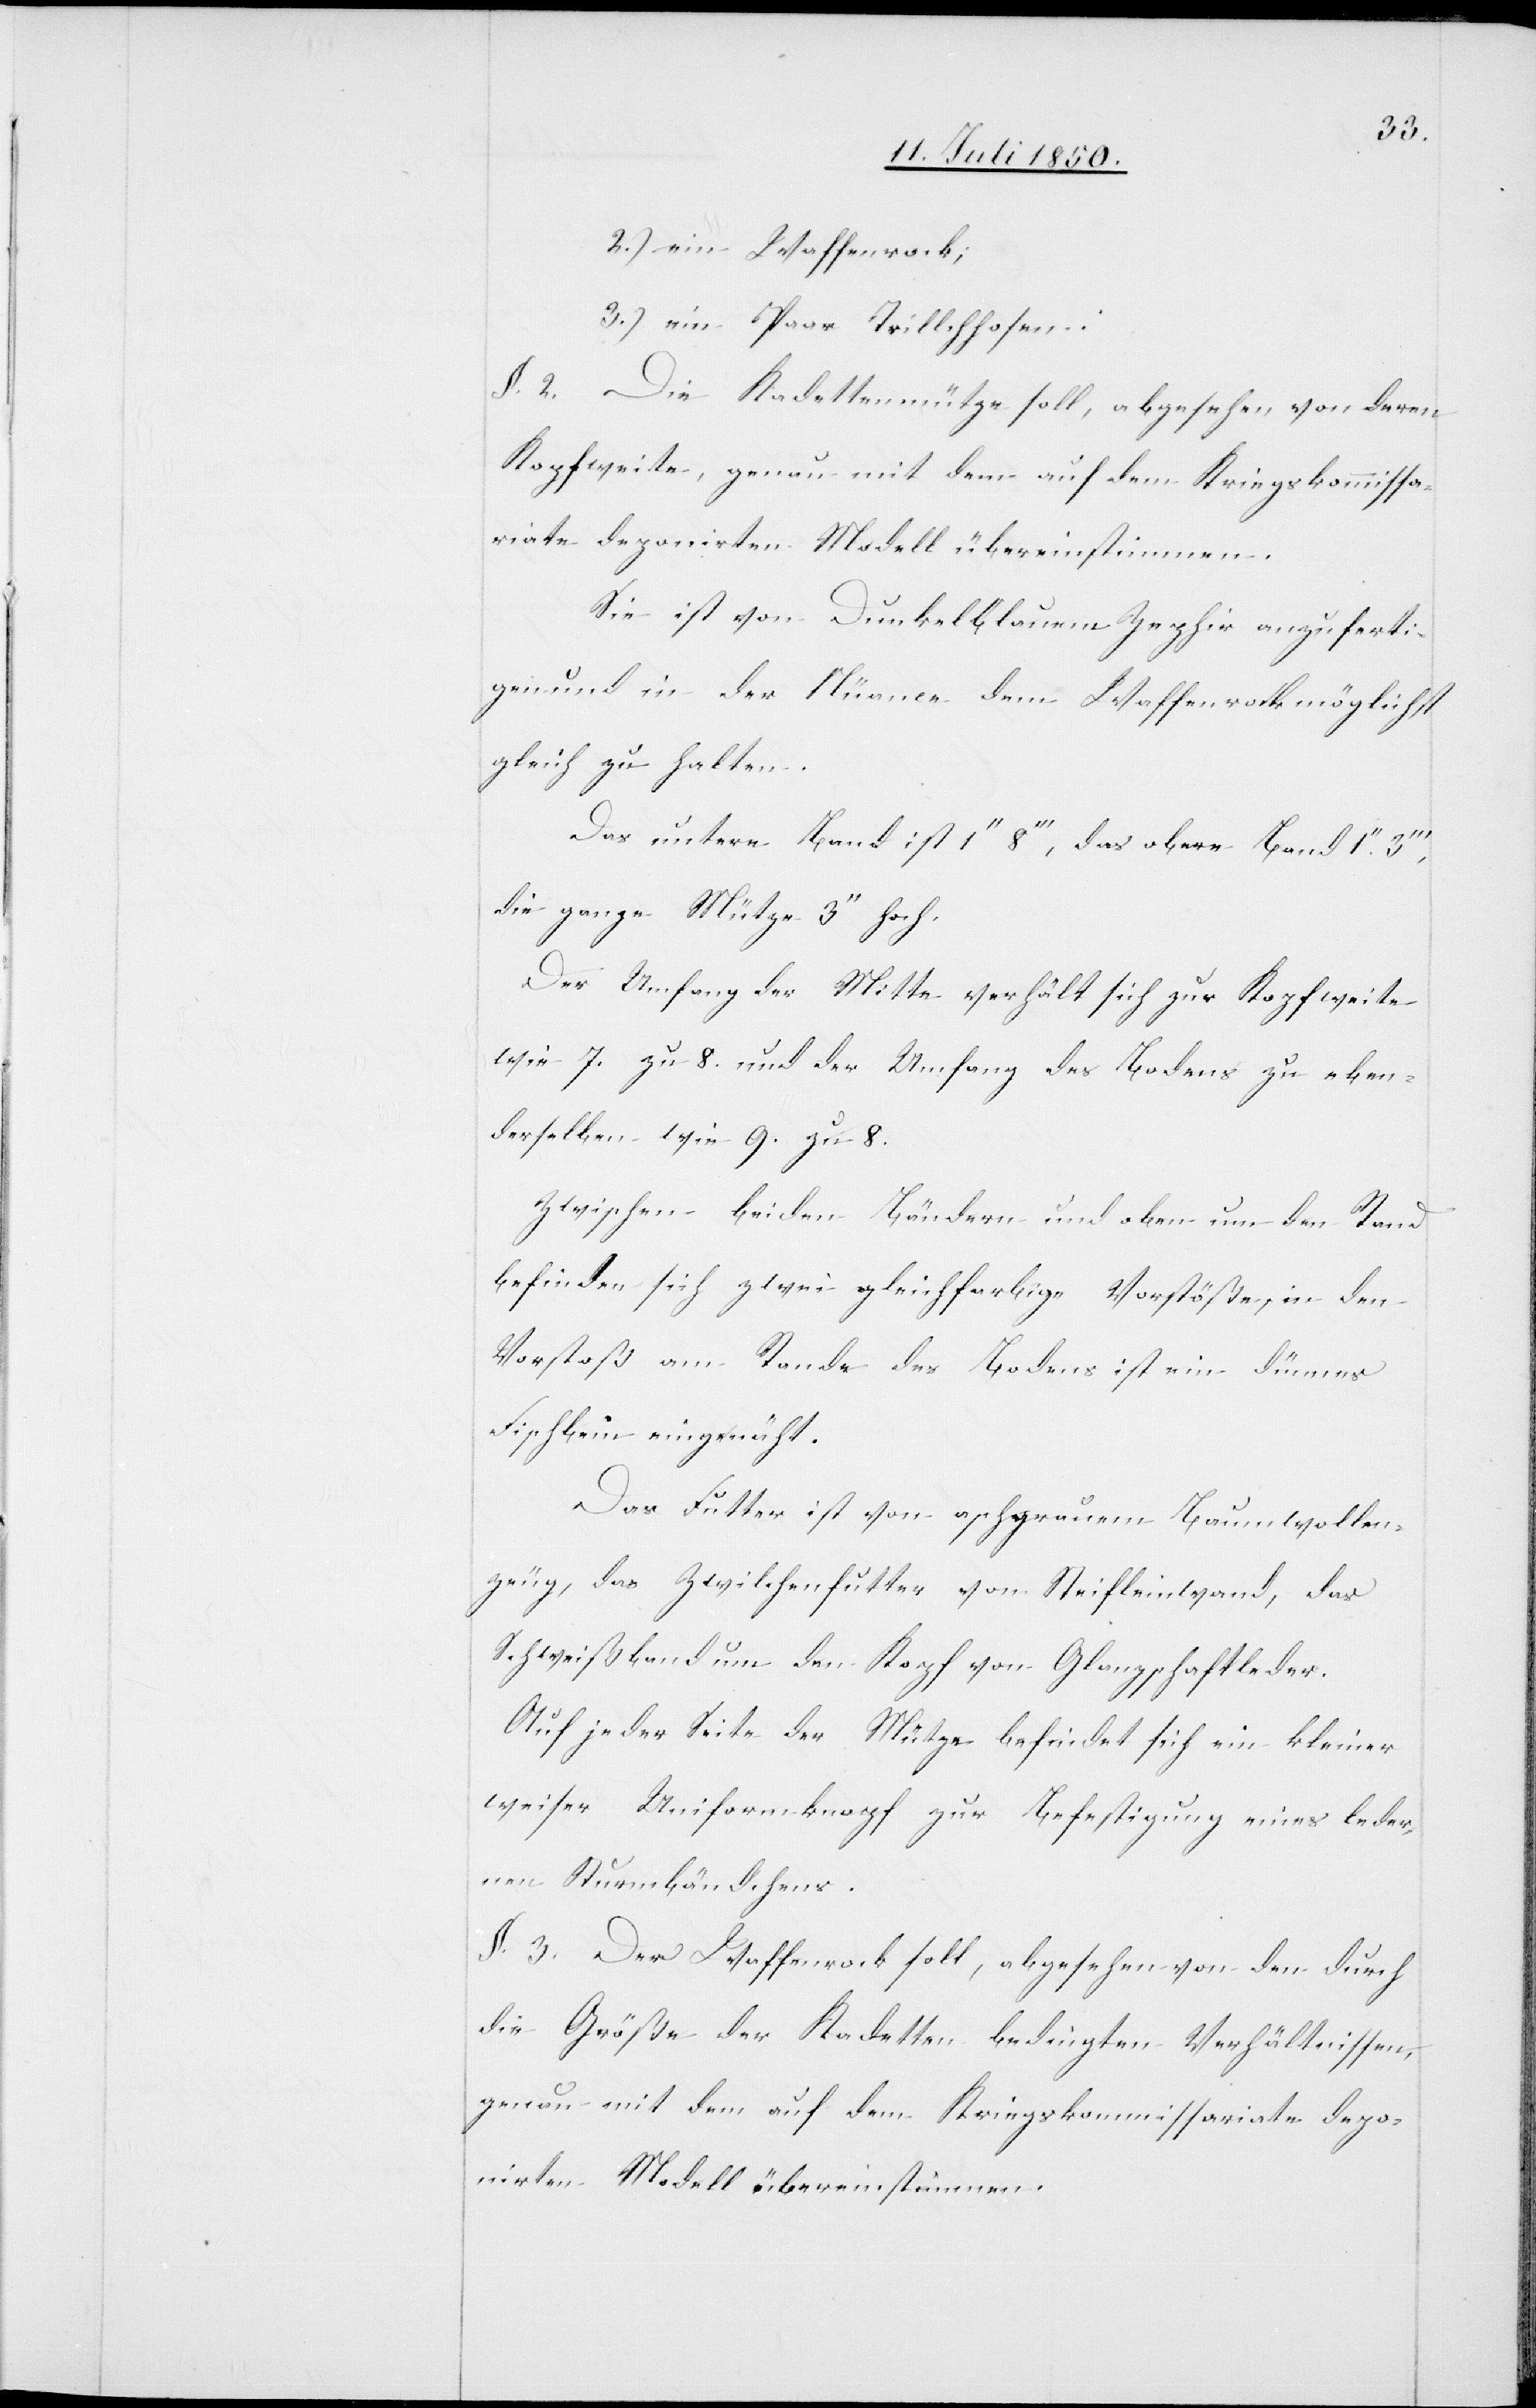
2.) ein Waffenrock;
3.) ein Paar Trill[i]chhosen.
§. 2. Die Kadettenmütze soll, abgesehen von deren
Kopfweite, genau mit dem auf dem Kriegskommissa¬
riate deponirten Modell übereinstimmen.
Sie ist von Dunkelblauem Zephir anzuferti¬
gen und in der Nüance dem Waffenrock möglichst
gleich zu halten.
Das untere Band ist 1‘‘ 8‘‘‘, das obere Band 1‘‘
die ganze Mütze 3‘‘ hoch.
Der Umfang der Mitte verhält sich zur Kopfweite
wie 7. zu 8. und der Umfang des Bodens zu eben¬
derselben wie 9. zu 8.
Zwischen beiden Bändern und oben um den Rand
befinden sich zwei gleichfarbige Vorstöße, in den
Vorstoß am Rande des Bodens ist ein dünnes
Fischbein eingenäht.
Das Futter ist von aschgrauem Baumwollen¬
zeug, das Zwilchenfutter von Steifleinwand, das
Schweißband um den Kopf von Glanzschaftleder.
Auf jeder Seite der Mütze befindet sich ein kleiner
weiser Uniformknopf zur Befestigung eines leder¬
nen Sturmbändchens.
§. 3. Der Waffenrock soll, abgesehen von den durch
die Größe der Kadetten bedingten Verhältnissen,
genau mit dem auf dem Kriegskommissariate depo¬
nirten Modell übereinstimmen.